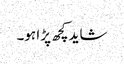
شاید کچھ پڑا ہو۔